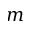
m